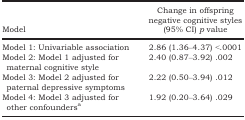
| Model | Change in offspring negative cognitive styles (95% CI) p value |
 | --- | --- |
 | Model 1: Univariable association | 2.86 (1.36–4.37) <.0001 |
 | Model 2: Model 1 adjusted for maternal cognitive style | 2.40 (0.87–3.92) .002 |
 | Model 3: Model 2 adjusted for paternal depressive symptoms | 2.22 (0.50–3.94) .012 |
 | Model 4: Model 3 adjusted for other confoundersa | 1.92 (0.20–3.64) .029 |